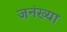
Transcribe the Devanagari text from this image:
जनंख्या